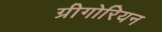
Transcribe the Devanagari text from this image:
ग्रीगोरियन